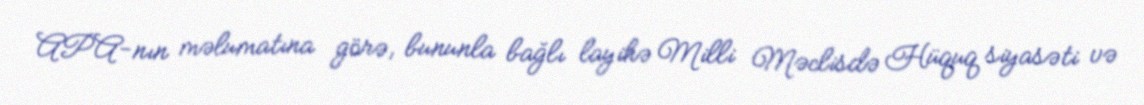
APA-nın məlumatına görə, bununla bağlı layihə Milli Məclisdə Hüquq siyasəti və